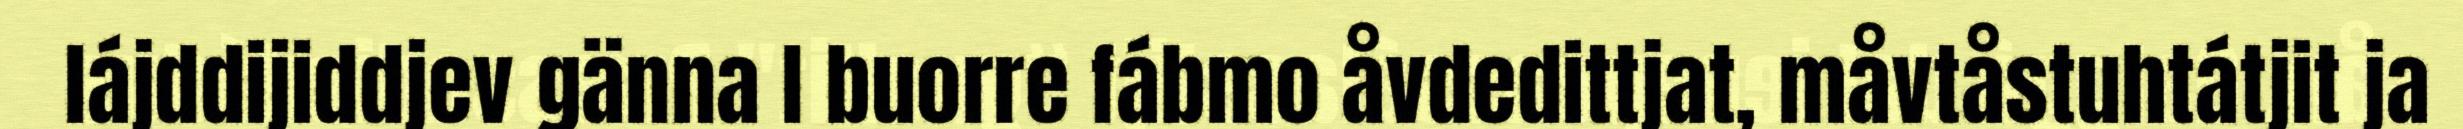
lájddijiddjev gänna l buorre fábmo åvdedittjat, måvtåstuhtátjit ja